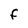
Character: F